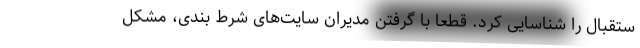
ستقبال را شناسایی کرد. قطعا با گرفتن مدیران سایت‌های شرط بندی، مشکل